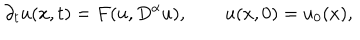
LaTeX: { \partial _ { t } } u ( x , t ) = F ( u , { D ^ { \alpha } } u ) , \qquad u ( x , 0 ) = { u _ { 0 } } ( x ) ,